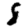
Digit: 8